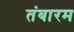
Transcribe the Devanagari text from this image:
तंबारम